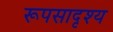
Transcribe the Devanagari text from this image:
रूपसादृश्य